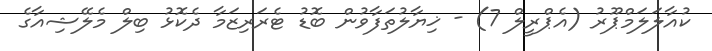
ކުއާލަލަމްޕޫރު (އެޕްރީލް 7) - ޚިޔާލުތަފާވުން ބޮޑު ޓެރަރިޒަމާ ދެކޮޅު ބިލް މެލޭޝިއާގެ